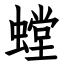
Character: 螳